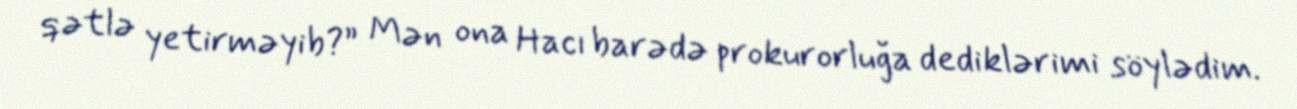
qətlə yetirməyib?” Mən ona Hacı barədə prokurorluğa dediklərimi söylədim.